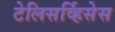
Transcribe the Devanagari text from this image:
टेलिसर्व्हिसेस